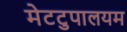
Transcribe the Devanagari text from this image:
मेटटुपालयम